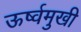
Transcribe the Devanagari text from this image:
ऊर्ष्वमुखी